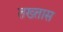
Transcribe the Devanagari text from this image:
तख्तास